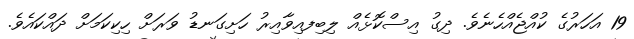
19 އަހަރުގެ ކުއްޖެއްހެނެވެ. ދިގު އިސްކޮޅެއް ލިބިފއިވާއިރު ހަށިގަނޑު ވަރަށް ހިކިކަމަށް ދައްކައެވެ.